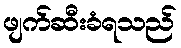
ဖျက်ဆီးခံရသည်